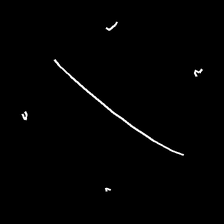
Glyph: cool